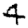
Digit: 4